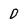
Character: 0